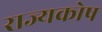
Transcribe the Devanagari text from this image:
राज्‍यकोष